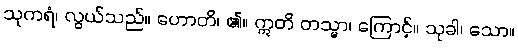
သုကရံ၊ လွယ်သည်။ ဟောတိ၊ ၏။ ဣတိ တသ္မာ၊ ကြောင့်။ သုခါ၊ သော။